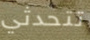
تتحدثي